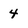
Character: 4